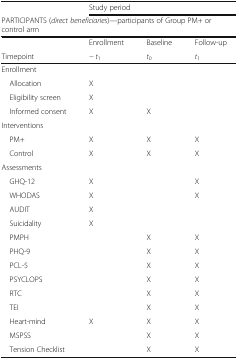
<table><thead><tr><td></td><td colspan="3"><b>Study period</b></td></tr><tr><td colspan="4"><b>PARTICIPANTS (<i>direct beneficiaries</i>)—participants of Group PM+ or control arm</b></td></tr><tr><td></td><td><b>Enrollment</b></td><td><b>Baseline</b></td><td><b>Follow-up</b></td></tr><tr><td><b>Timepoint</b></td><td><b><i>− t</i><sub>1</sub></b></td><td><b><i>t</i><sub>0</sub></b></td><td><b><i>t</i><sub>1</sub></b></td></tr></thead><tbody><tr><td colspan="4">Enrollment</td></tr><tr><td> Allocation</td><td>X</td><td></td><td></td></tr><tr><td> Eligibility screen</td><td>X</td><td></td><td></td></tr><tr><td> Informed consent</td><td>X</td><td>X</td><td></td></tr><tr><td colspan="4">Interventions</td></tr><tr><td> PM+</td><td>X</td><td>X</td><td>X</td></tr><tr><td> Control</td><td>X</td><td>X</td><td>X</td></tr><tr><td colspan="4">Assessments</td></tr><tr><td> GHQ-12</td><td>X</td><td></td><td>X</td></tr><tr><td> WHODAS</td><td>X</td><td></td><td>X</td></tr><tr><td> AUDIT</td><td>X</td><td></td><td></td></tr><tr><td> Suicidality</td><td>X</td><td></td><td></td></tr><tr><td> PMPH</td><td></td><td>X</td><td>X</td></tr><tr><td> PHQ-9</td><td></td><td>X</td><td>X</td></tr><tr><td> PCL-5</td><td></td><td>X</td><td>X</td></tr><tr><td> PSYCLOPS</td><td></td><td>X</td><td>X</td></tr><tr><td> RTC</td><td></td><td>X</td><td>X</td></tr><tr><td> TEI</td><td></td><td>X</td><td>X</td></tr><tr><td> Heart-mind</td><td>X</td><td>X</td><td>X</td></tr><tr><td> MSPSS</td><td></td><td>X</td><td>X</td></tr><tr><td> Tension Checklist</td><td></td><td>X</td><td>X</td></tr></tbody></table>